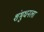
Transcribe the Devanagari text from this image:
शंभुधनला